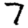
Digit: 7